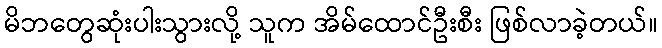
မိဘတွေဆုံးပါးသွားလို့ သူက အိမ်ထောင်ဦးစီး ဖြစ်လာခဲ့တယ်။